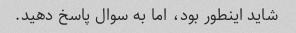
شاید اینطور بود، اما به سوال پاسخ دهید.